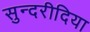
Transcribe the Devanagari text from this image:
सुन्दरीदिया